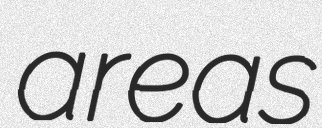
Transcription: areas